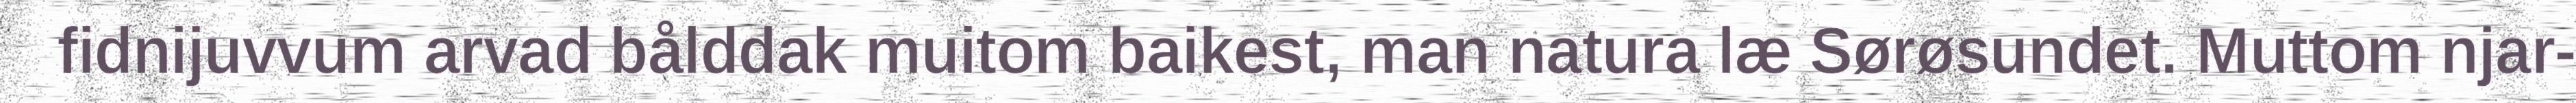
fidnijuvvum arvad bålddak muitom baikest, man natura læ Sørøsundet. Muttom njar-